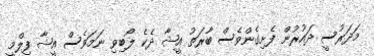
މަދަރުސީ ދައުރުން ފެށިގެންވެސް ބާރަތު އީޝާ ދެކެ ލޯބިވި ނަމަވެސް އީޝާ ފިލްމީ